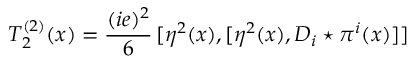
T _ { 2 } ^ { ( 2 ) } ( x ) = \frac { ( i e ) ^ { 2 } } { 6 } \, [ \eta ^ { 2 } ( x ) , [ \eta ^ { 2 } ( x ) , D _ { i } \star \pi ^ { i } ( x ) ] ]